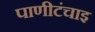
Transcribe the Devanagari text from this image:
पाणीटंचाइ